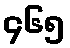
၄၆၅